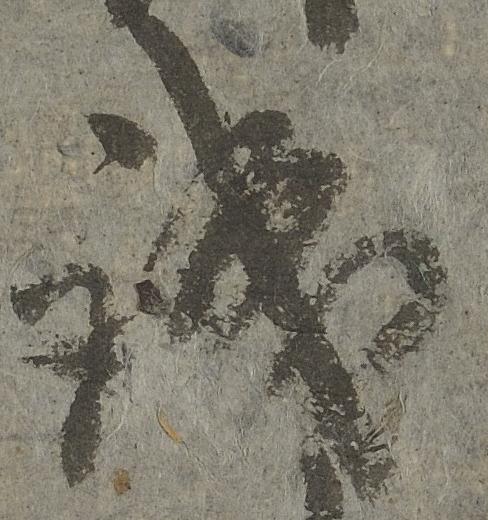
誠